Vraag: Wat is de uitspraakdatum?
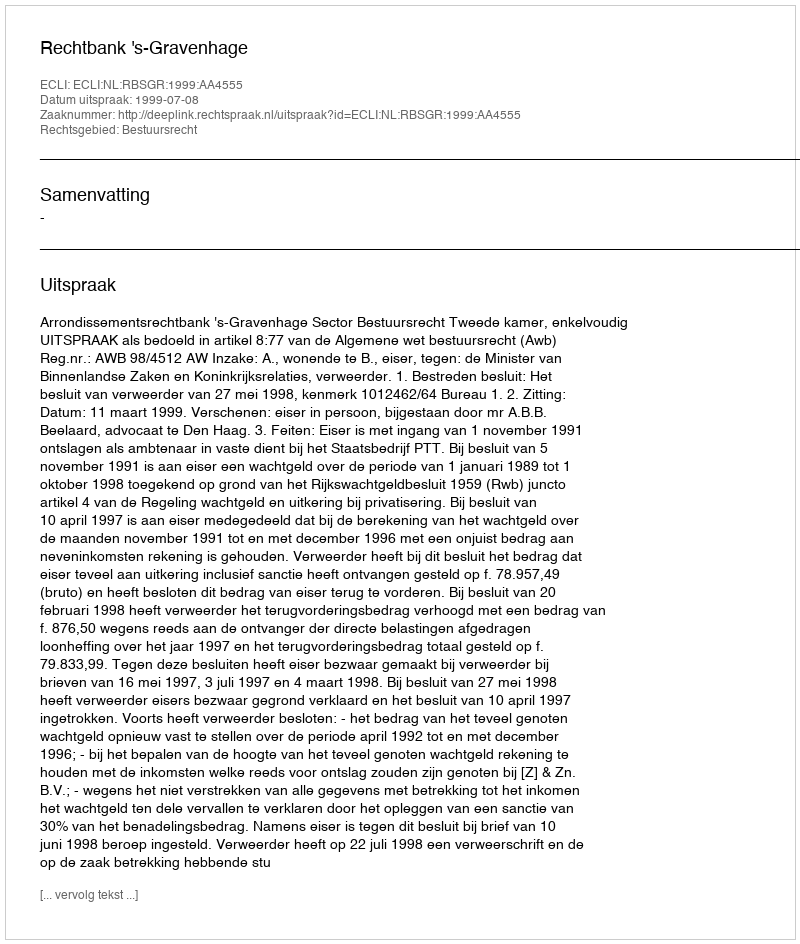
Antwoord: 1999-07-08